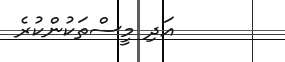
އަދި މީސްތަކުންކުރެ